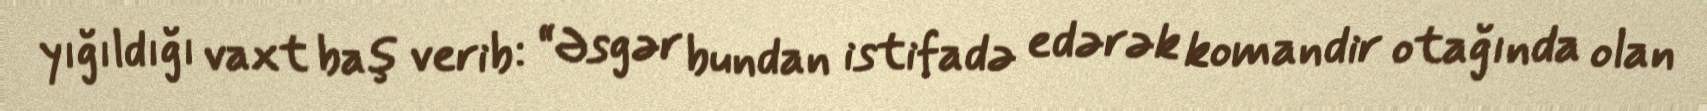
yığıldığı vaxt baş verib: “Əsgər bundan istifadə edərək komandir otağında olan